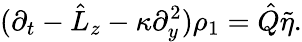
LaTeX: (\partial_{t}-\hat{L}_{z}-\kappa\partial_{y}^{2})\rho_{1}=\hat{Q}\tilde{\eta}.